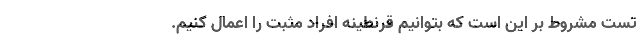
تست مشروط بر این است که بتوانیم قرنطینه افراد مثبت را اعمال کنیم.